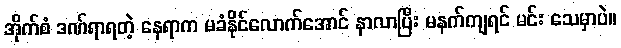
အိုက်စံ ဒဏ်ရာရတဲ့ နေရာက မခံနိုင်လောက်အောင် နာလာပြီး မနက်ကျရင် မင်း သေမှာပဲ။